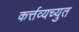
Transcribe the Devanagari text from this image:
कर्त्तव्यच्युत